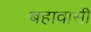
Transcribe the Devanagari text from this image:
बहावासी